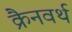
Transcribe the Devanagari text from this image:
क्रैनवर्थ